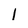
Character: 1